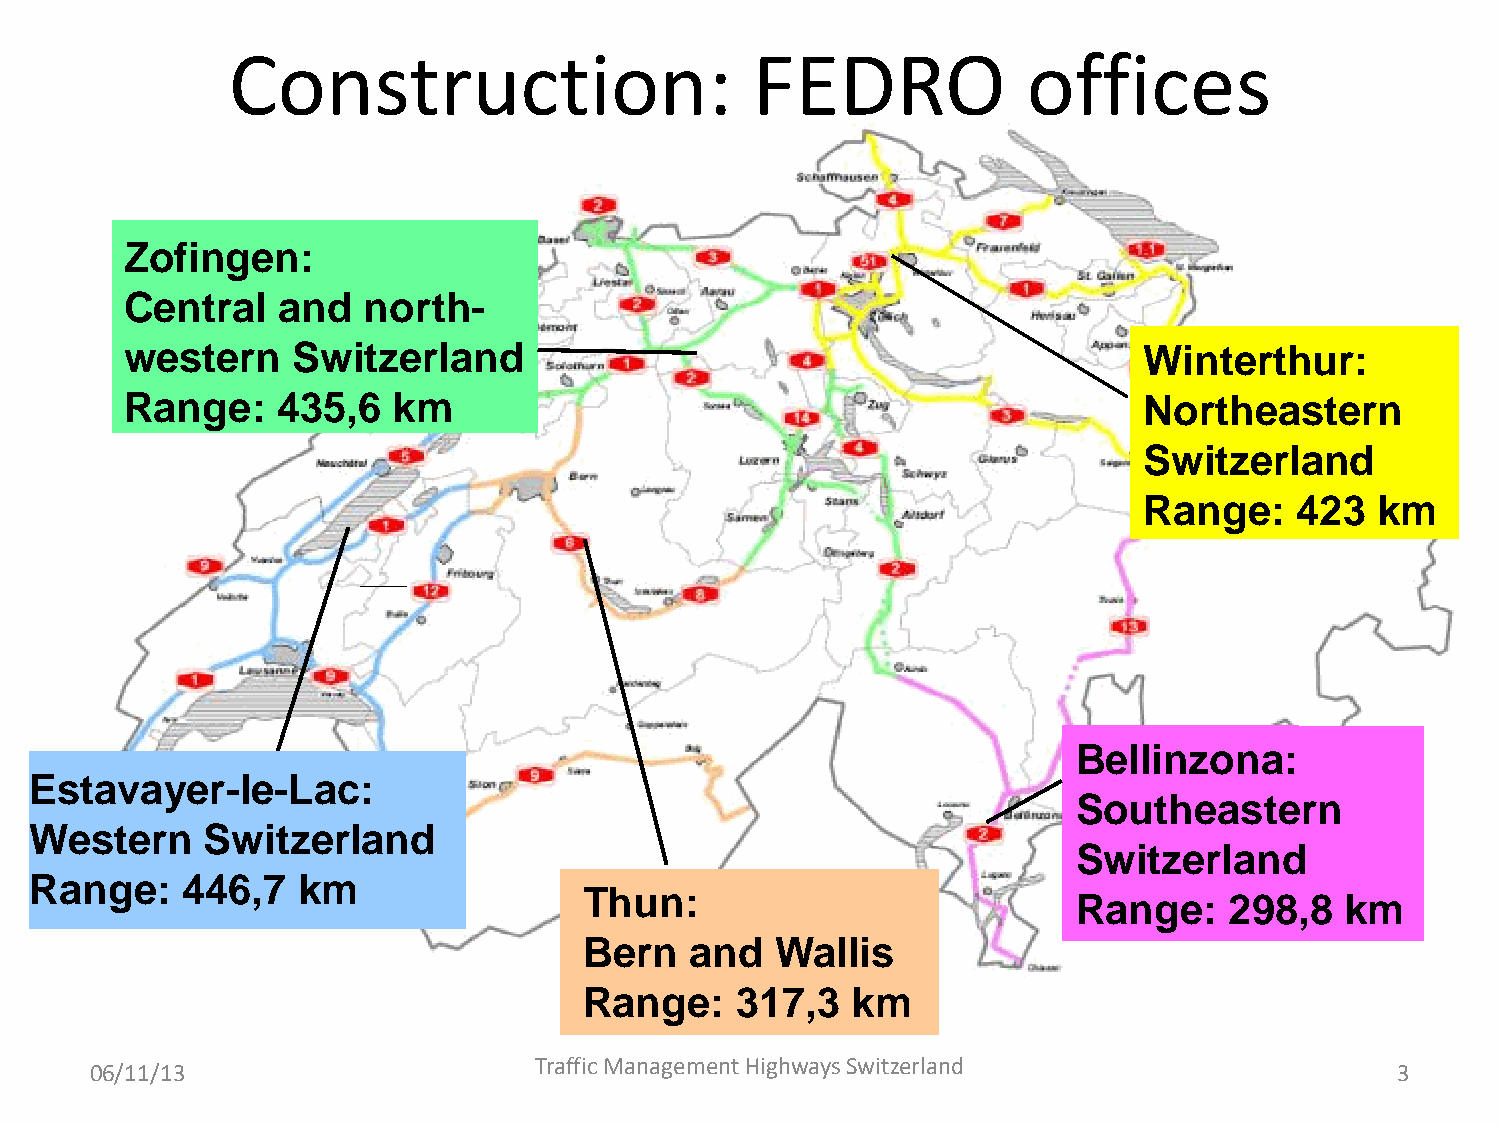
Construction:                      FEDRO             offices
 Zofingen:
 Filiale Zofingen
 Central   and   north-
 Zentra- ul nd
 wesNtoerdrwne Sstswchitwzeeizr land                                 FWiliianlet Werinttheurthru: r
 Nordostschweiz
 Range:    435,6   km                                                NNeotzrläthngeea: 4s2t3e krmn
 Switzerland
 Range:    423  km
 FBileialllei nBezlolinnzoan:a
 Estavayer-le-Lac:                                                    Südostschweiz
 NSeotzulätnhgee:a 2s98te,8r knm
 Western     Switzerland
 Switzerland
 Range:    446,7   km
 FTihliaulen T:h u n
 Range:    298,8   km
 Bern und Wallis
 NBeetzrlnän gaen 3d17 W,3 kamll is
 Range:    317,3  km
 Traffic Management Highways Switzerland
 06/11/13                                                                               3